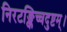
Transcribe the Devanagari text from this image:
निरटङ्किच्चदुष्टम्।